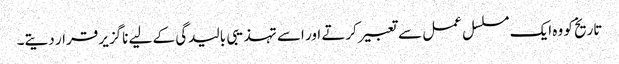
تاریخ کو وہ ایک مسلسل عمل سے تعبیر کرتے اور اسے تہذیبی بالیدگی کے لیے ناگزیر قرار دیتے۔